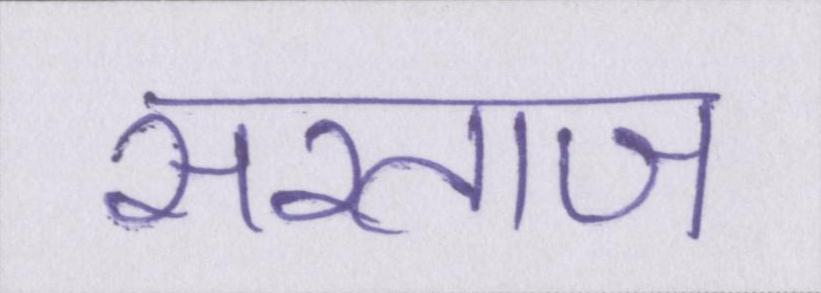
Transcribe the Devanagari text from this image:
सरताज